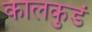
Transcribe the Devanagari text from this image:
कालकुडं